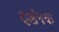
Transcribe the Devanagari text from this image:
दर्शनक